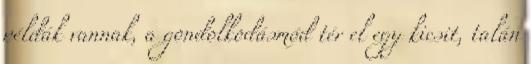
példák vannak, a gondolkodásmód tér el egy kicsit, talán